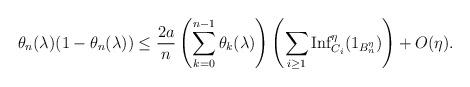
LaTeX: \begin{align*}\theta_n(\lambda)(1-\theta_n(\lambda))\leq\frac{2 a}{n}\left(\sum_{k=0}^{n-1}\theta_k(\lambda) \right)\left(\sum_{i\geq 1} \mbox{Inf}_{{C}_i}^{\eta}(1_{B_n^{\eta}}) \right) +O(\eta).\end{align*}